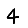
Digit: 4